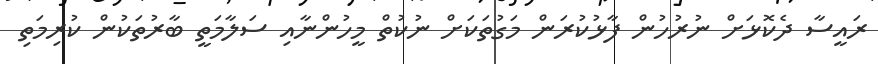
ރައީސާ ދެކޮޅަށް ނުރުހުން ފާޅުކުރަން މަގުތަކަށް ނުކުތް މީހުންނާއި ސަލާމަތީ ބާރުތަކުން ކުރިމަތި